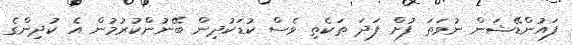
ފައުންޑޭޝަން ނުވަތަ ފުށް ފަދަ ތަކެތި ވެސް ކުޑަކުދިން ބޭނުންކުރުމުން އެ ކުދިންގެ